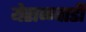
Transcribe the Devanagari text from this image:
येराळवाडी